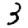
Digit: 3